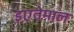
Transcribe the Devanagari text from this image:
इएतेमाल